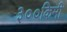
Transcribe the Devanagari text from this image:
३००किमी